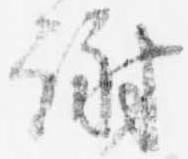
謝